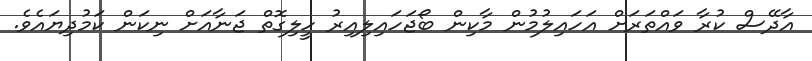
އާދޭސް ކުރާ ވައްތަރަށް އަހައިލުމުން މާކިން ބޯޖަހައިލިއިރު ހީލިގޮތް ޖަނާއަށް ނިކަން ކަމުދިޔައެވެ.